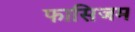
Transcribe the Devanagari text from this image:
फासिजम